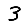
Digit: 3